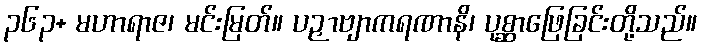
၃၆၃+ မဟာရာဇ၊ မင်းမြတ်။ ပဉှာဗျာကရဏာနိ၊ ပုစ္ဆာဖြေခြင်းတို့သည်။